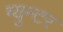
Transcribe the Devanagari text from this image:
ग्युन्टर